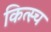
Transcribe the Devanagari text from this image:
कित्स्च